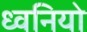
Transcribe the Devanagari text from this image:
ध्वनियो